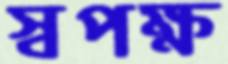
স্বপক্ষ